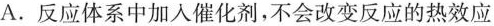
A.反应体系中加入催化剂，不会改变反应的热效应